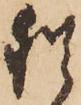
猶